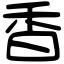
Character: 香